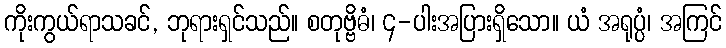
ကိုးကွယ်ရာသခင်, ဘုရားရှင်သည်။ စတုဗ္ဗိဓံ၊ ၄-ပါးအပြားရှိသော။ ယံ အရုပ္ပံ၊ အကြင်